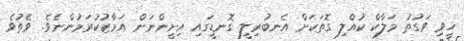
ހީވި ވަގުތު މަލާކް ކުއްލި ގޮތަކަށް އެނބުރިލީ ގޮނޑީގައި އިށީންނަން އަމާޒުކުރަމުންނެވެ. ވޭތުވެ